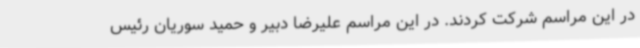
در این مراسم شرکت کردند. در این مراسم علیرضا دبیر و حمید سوریان رئیس